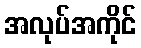
အလုပ်အကိုင်